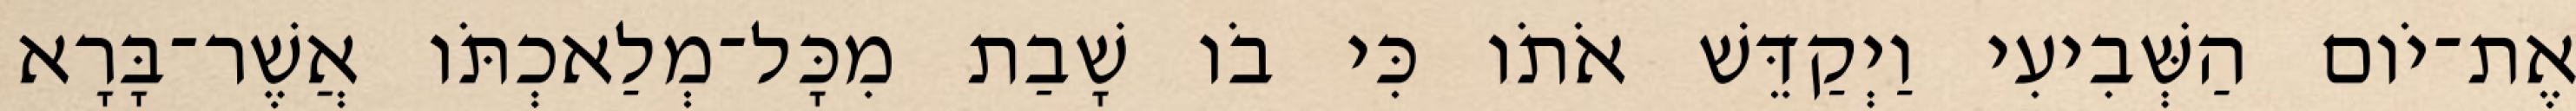
אֶת־יֹום הַשְּׁבִיעִי וַיְקַדֵּשׁ אֹתֹו כִּי בֹו שָׁבַת מִכָּל־מְלַאכְתֹּו אֲשֶׁר־בָּרָא